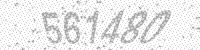
Solution: 561480